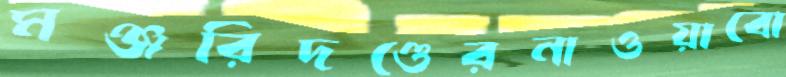
মঞ্জরিদণ্ডেরনাওয়াবো